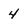
Character: 4